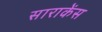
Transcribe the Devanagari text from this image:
साराकेंस